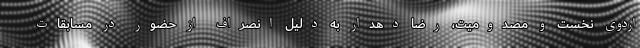
اردوی نخست و مصدومیت، رضا دهدار به دلیل انصراف از حضور در مسابقات